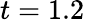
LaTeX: t=1.2